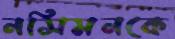
নসিমনকে